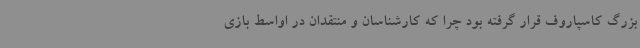
بزرگ کاسپاروف قرار گرفته بود چرا که کارشناسان و منتقدان در اواسط بازی